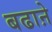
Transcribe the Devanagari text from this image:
बढाऩे